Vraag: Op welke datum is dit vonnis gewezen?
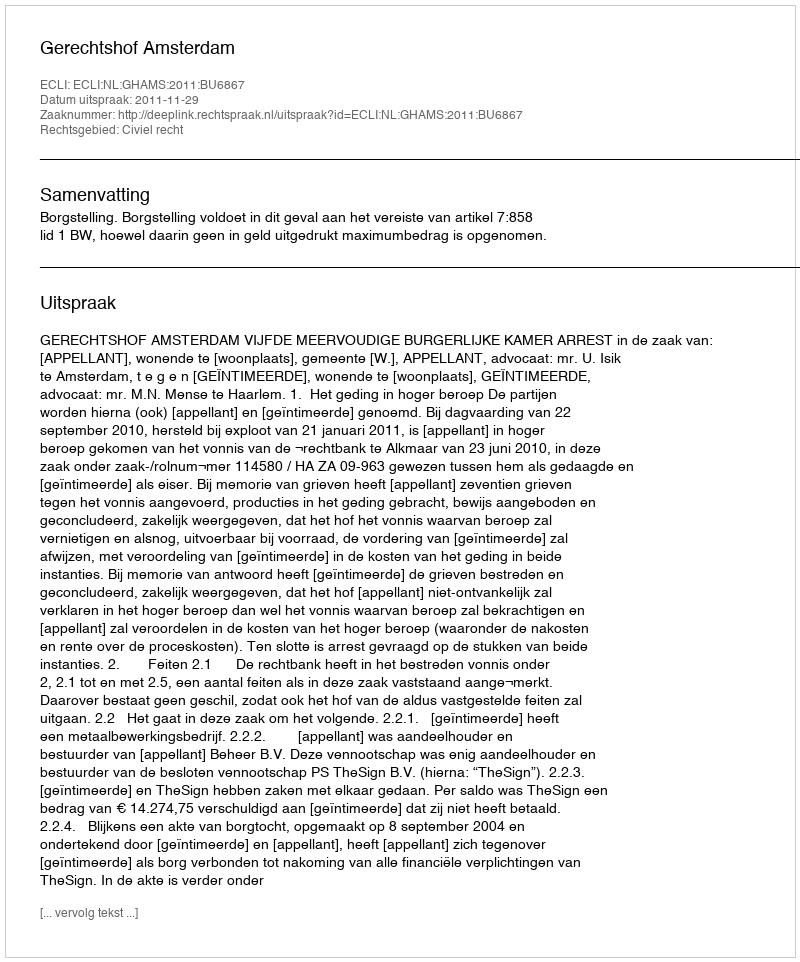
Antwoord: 2011-11-29